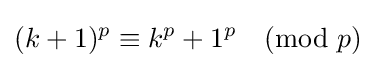
(k+1)^{p}\equiv k^{p}+1^{p}{\pmod {p}}